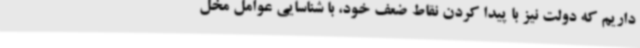
داریم که دولت نیز با پیدا کردن نقاط ضعف خود، با شناسایی عوامل مخل